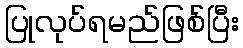
ပြုလုပ်ရမည်ဖြစ်ပြီး